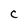
Character: C